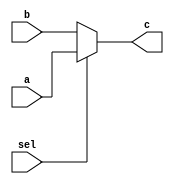
`timescale 1ns / 1ps
//////////////////////////////////////////////////////////////////////////////////
// Company: 
// Engineer: 
// 
// Design Name: 
// Module Name:    mux22222 
// Project Name: 
// Target Devices: 
// Tool versions: 
// Description: 
//
// Dependencies: 
//
// Revision: 
// Revision 0.01 - File Created
// Additional Comments: 
//
//////////////////////////////////////////////////////////////////////////////////
module mux22222(
	 input [31:0] a,
    input [31:0] b,
    input sel,
    output [31:0] c
    );
	 assign c = (sel)?a:b;
  


endmodule